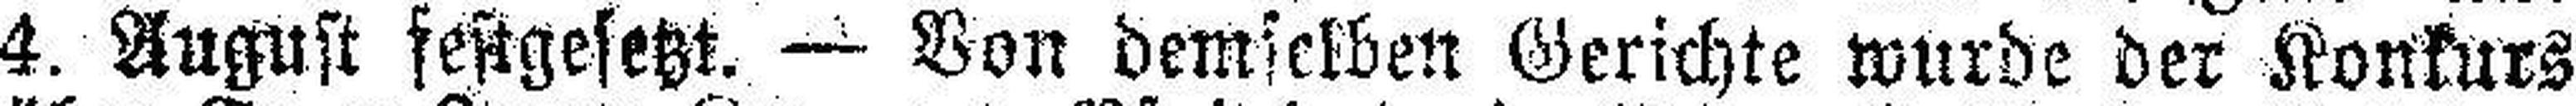
4. August festgesetzt. — Von demselben Gerichte wurde der Konkurs